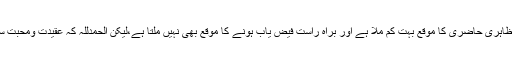
میں آپ کا ایک ناچیز مخلص ہوں اور ایک حلقہ بگوش خادم ہوں، گومجھے ظاہری حاضری کا موقع بہت کم ملا ہے اور براہِ راست فیض یاب ہونے کا موقع بھی نہیں ملتا ہے،لیکن الحمدللہ کہ عقیدت ومحبت سے دور نہیں ہوں اور آپ کی بعض تصانیفِ نافعہ سے مستفید بھی رہتا ہوں۔